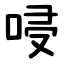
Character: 唚